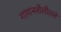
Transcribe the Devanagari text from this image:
गायनशैलीतले